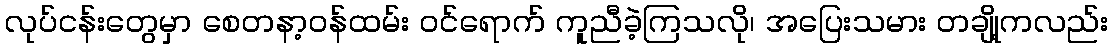
လုပ်ငန်းတွေမှာ စေတနာ့ဝန်ထမ်း ဝင်ရောက် ကူညီခဲ့ကြသလို၊ အပြေးသမား တချို့ကလည်း